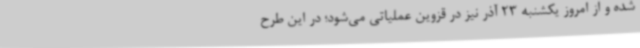
شده و از امروز یکشنبه 23 آذر نیز در قزوین عملیاتی می‌شود؛ در این طرح